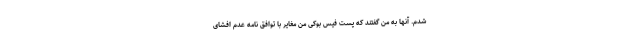
شدم. آنها به من گفتند که پست فیس بوکی من مغایر با توافق نامه عدم افشای